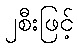
၂စီးဖြင့်